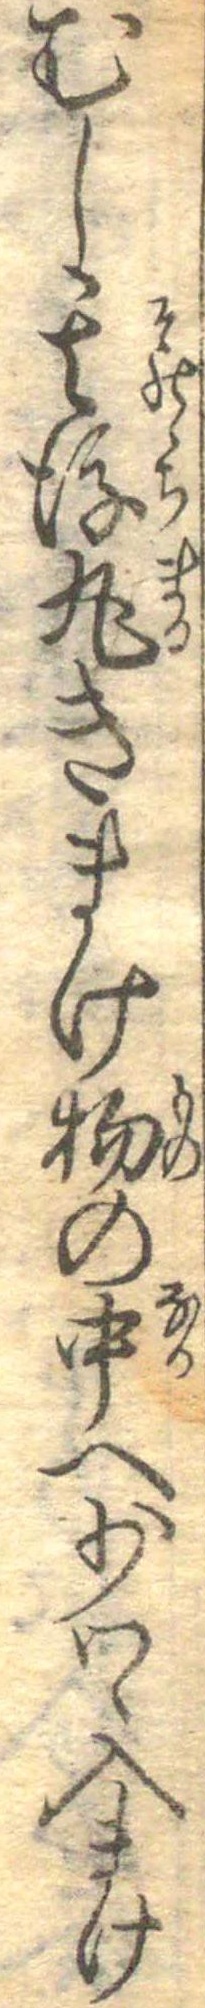
むし其後丸きまけ物の中へ少つゝ入まけ